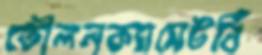
তৌলনক্যাসেটবিঁ